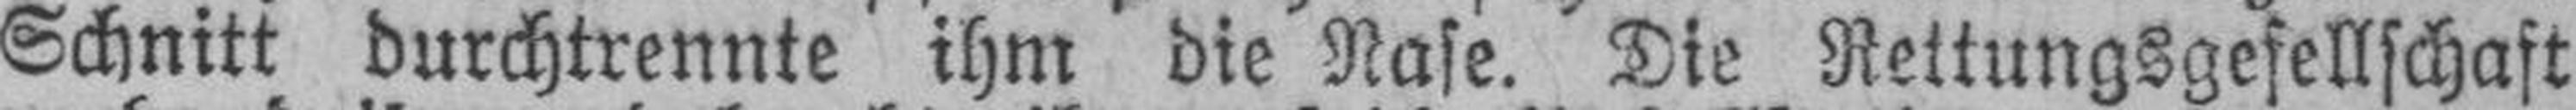
Schnitt durchtrennte ihm die Nase. Die Rettungsgesellschaft